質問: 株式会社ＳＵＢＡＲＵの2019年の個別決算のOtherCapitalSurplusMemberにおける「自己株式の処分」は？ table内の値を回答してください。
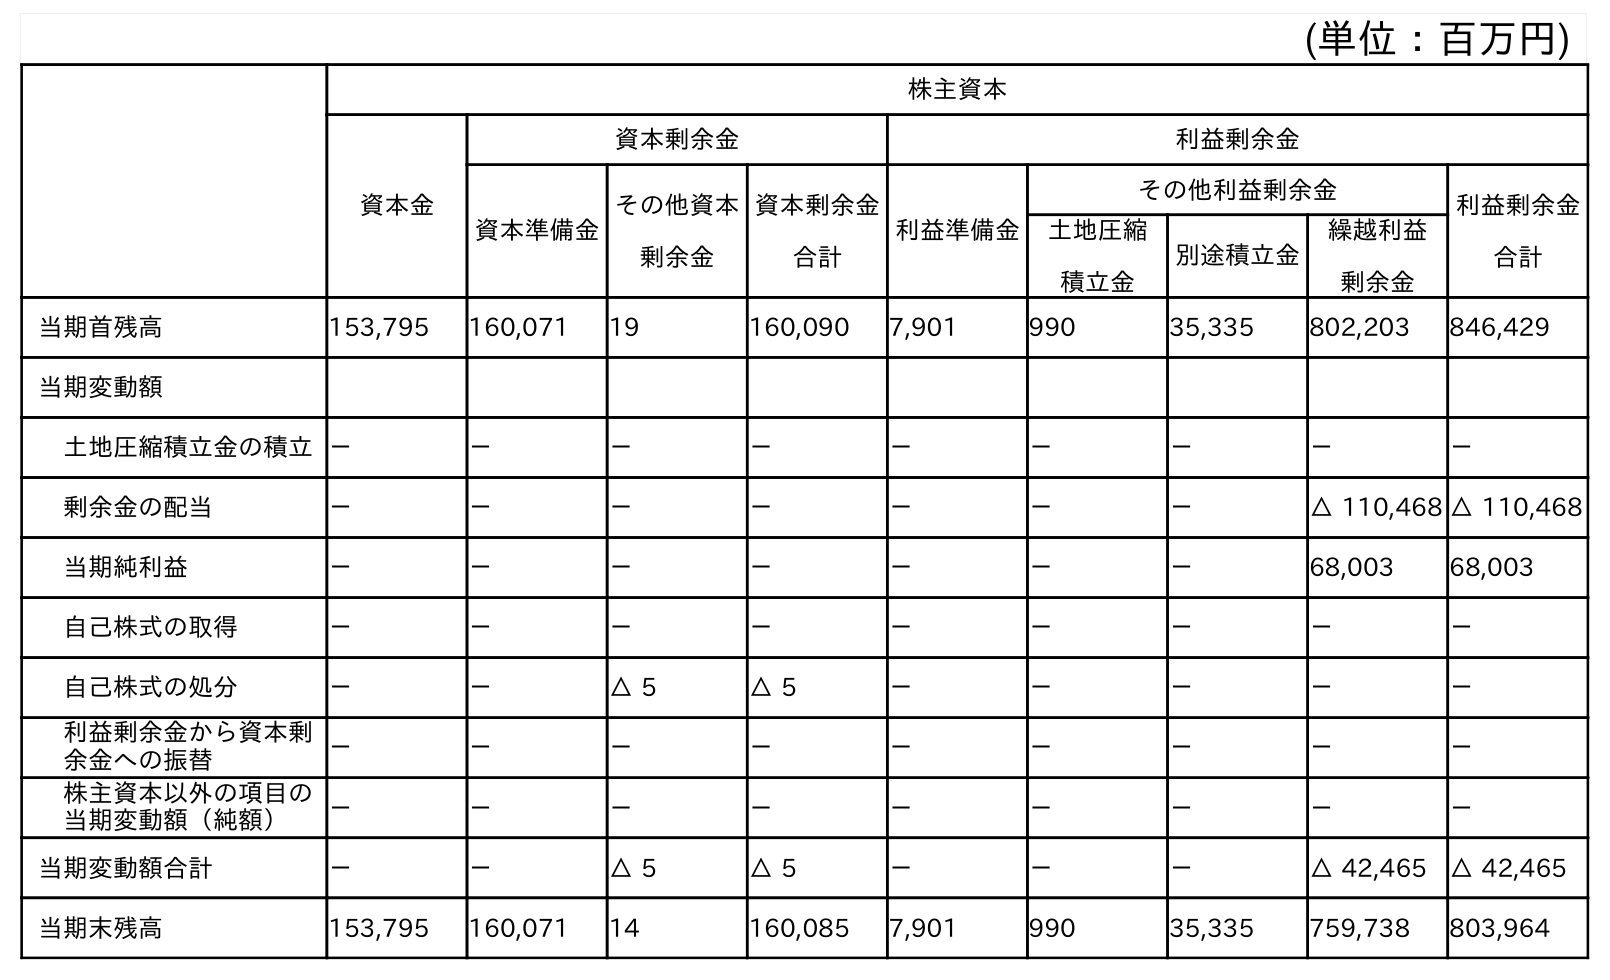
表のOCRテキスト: (単位：百万円) 株主資本 資本金 資本剰余金 利益剰余金 資本準備金 その他資本 剰余金 資本剰余金 合計 利益準備金 その他利益剰余金 利益剰余金 合計 土地圧縮 積立金 別途積立金 繰越利益 剰余金 当期首残高 153,795 160,071 19 160,090 7,901 990 35,335 802,203 846,429 当期変動額 土地圧縮積立金の積立－ － － － － － － － － 剰余金の配当 － － － － － － － △ 110,468 △ 110,468 当期純利益 － － － － － － － 68,003 68,003 自己株式の取得 － － － － － － － － － 自己株式の処分 － － △ 5 △ 5 － － － － － 利益剰余金から資本剰 余金への振替 － － － － － － － － － 株主資本以外の項目の 当期変動額（純額） － － － － － － － － － 当期変動額合計 － － △ 5 △ 5 － － － △ 42,465 △ 42,465 当期末残高 153,795 160,071 14 160,085 7,901 990 35,335 759,738 803,964
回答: △5